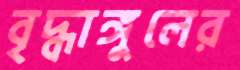
বৃদ্ধাঙ্গুলের